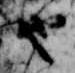
也